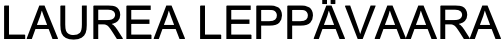
LAUREA LEPPÄVAARA